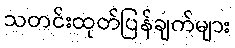
သတင်းထုတ်ပြန်ချက်များ